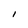
Character: I